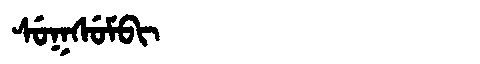
Manchu: ᠰᡠᡴᠰᡠᠮᠪᡳ
Romanization: SUKSUMBI